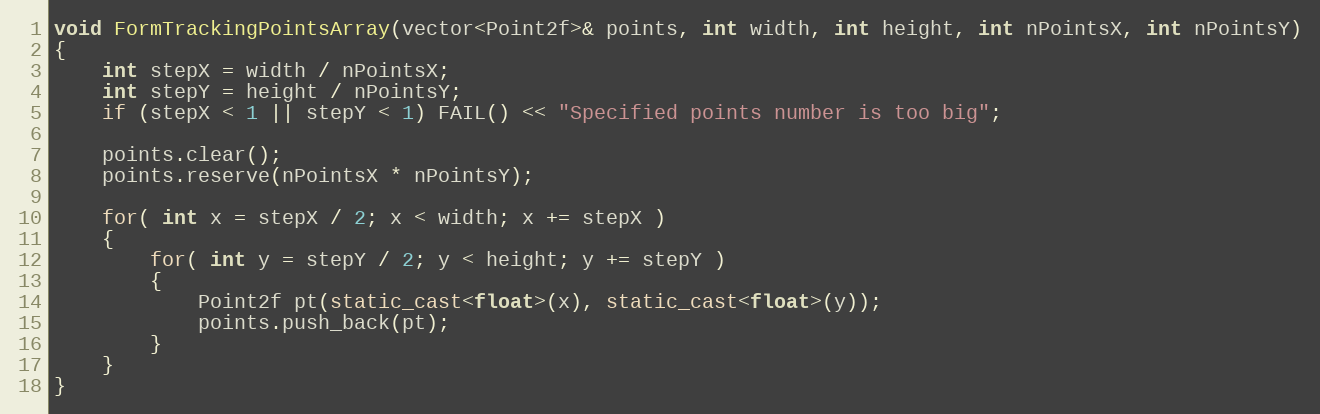
Language: C++
void FormTrackingPointsArray(vector<Point2f>& points, int width, int height, int nPointsX, int nPointsY)
{
    int stepX = width / nPointsX;
    int stepY = height / nPointsY;
    if (stepX < 1 || stepY < 1) FAIL() << "Specified points number is too big";

    points.clear();
    points.reserve(nPointsX * nPointsY);

    for( int x = stepX / 2; x < width; x += stepX )
    {
        for( int y = stepY / 2; y < height; y += stepY )
        {
            Point2f pt(static_cast<float>(x), static_cast<float>(y));
            points.push_back(pt);
        }
    }
}